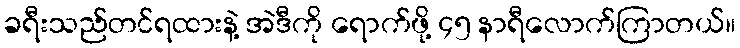
ခရီးသည်တင်ရထားနဲ့ အဲဒီကို ရောက်ဖို့ ၄၅ နာရီလောက်ကြာတယ်။